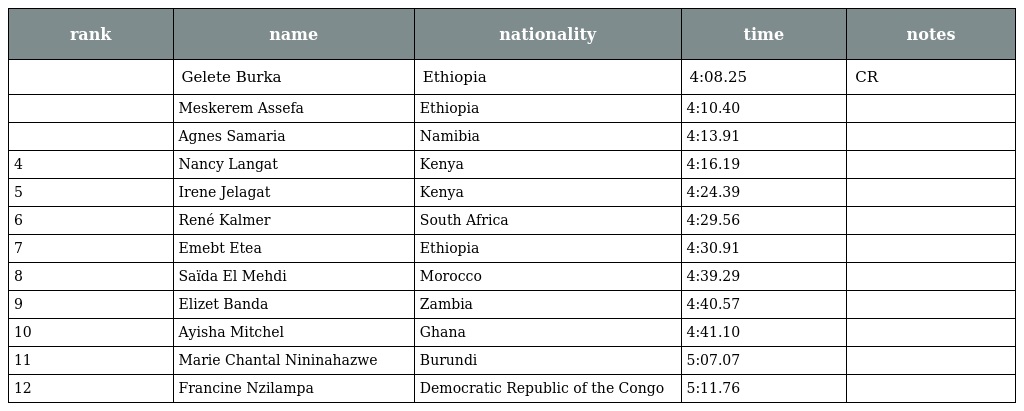
| rank | name | nationality | time | notes |
 | --- | --- | --- | --- | --- |
 |  | Gelete Burka | Ethiopia | 4:08.25 | CR |
 |  | Meskerem Assefa | Ethiopia | 4:10.40 |  |
 |  | Agnes Samaria | Namibia | 4:13.91 |  |
 | 4 | Nancy Langat | Kenya | 4:16.19 |  |
 | 5 | Irene Jelagat | Kenya | 4:24.39 |  |
 | 6 | René Kalmer | South Africa | 4:29.56 |  |
 | 7 | Emebt Etea | Ethiopia | 4:30.91 |  |
 | 8 | Saïda El Mehdi | Morocco | 4:39.29 |  |
 | 9 | Elizet Banda | Zambia | 4:40.57 |  |
 | 10 | Ayisha Mitchel | Ghana | 4:41.10 |  |
 | 11 | Marie Chantal Nininahazwe | Burundi | 5:07.07 |  |
 | 12 | Francine Nzilampa | Democratic Republic of the Congo | 5:11.76 |  |